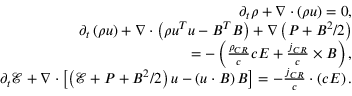
\begin{array} { r } { \partial _ { t } \rho + \nabla \cdot \left( \rho \boldsymbol { u } \right) = 0 , } \\ { \partial _ { t } \left( \rho \boldsymbol { u } \right) + \nabla \cdot \left( \rho \boldsymbol { u ^ { T } } \boldsymbol { u } - \boldsymbol { B ^ { T } } \boldsymbol { B } \right) + \nabla \left( P + B ^ { 2 } / 2 \right) } \\ { = - \left( \frac { \rho _ { C R } } { c } c \boldsymbol { E } + \frac { \boldsymbol { j } _ { C R } } { c } \times \boldsymbol { B } \right) , } \\ { \partial _ { t } \mathcal { E } + \nabla \cdot \left[ \left( \mathcal { E } + P + B ^ { 2 } / 2 \right) \boldsymbol { u } - \left( \boldsymbol { u } \cdot \boldsymbol { B } \right) \boldsymbol { B } \right] = - \frac { \boldsymbol { j } _ { C R } } { c } \cdot \left( c \boldsymbol { E } \right) . } \end{array}